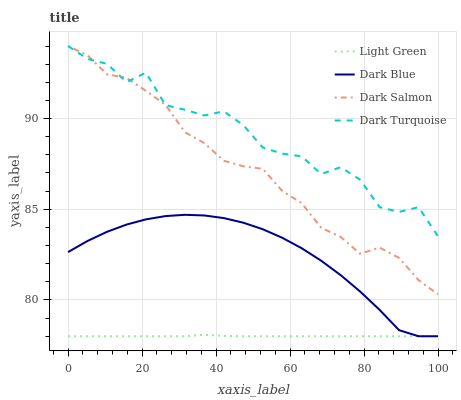
| xaxis_label | Light Green | Dark Blue | Dark Salmon | Dark Turquoise |
 | --- | --- | --- | --- | --- |
 | 0 | 78 | 82.6 | 94 | 94 |
 | 5.26 | 78 | 83.3 | 93.5 | 93.3 |
 | 10.5 | 78 | 83.8 | 92.4 | 93 |
 | 15.8 | 78 | 84.2 | 92.2 | 92 |
 | 21.1 | 78 | 84.4 | 91.5 | 92.5 |
 | 26.3 | 78 | 84.6 | 90.8 | 90.7 |
 | 31.6 | 78 | 84.7 | 89.3 | 90.5 |
 | 36.8 | 78.1 | 84.7 | 88.6 | 90.2 |
 | 42.1 | 78 | 84.5 | 87.7 | 90.4 |
 | 47.4 | 78 | 84.3 | 87.4 | 89.6 |
 | 52.6 | 78 | 83.9 | 87.2 | 88.4 |
 | 57.9 | 78 | 83.4 | 86 | 88.1 |
 | 63.2 | 78 | 82.9 | 85.3 | 87.9 |
 | 68.4 | 78 | 82.2 | 84 | 86.9 |
 | 73.7 | 78 | 81.4 | 83.5 | 87.3 |
 | 78.9 | 78 | 80.5 | 82.6 | 86.6 |
 | 84.2 | 78 | 79.5 | 82.9 | 85.1 |
 | 89.5 | 78 | 78.3 | 82.3 | 84.9 |
 | 94.7 | 78 | 78 | 81.1 | 85.1 |
 | 100 | 78 | 78 | 80.3 | 83.5 |